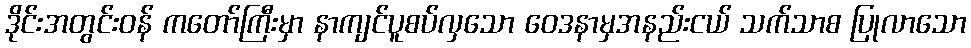
ဒိုင်းအတွင်းဝန် ကတော်ကြီးမှာ နာကျင်ပူစပ်လှသော ဝေဒနာမှအနည်းငယ် သက်သာစ ပြုလာသော